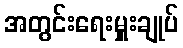
အတွင်းရေးမှူးချုပ်